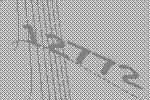
12772